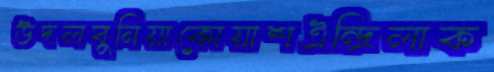
উদলবুনিয়াকোয়াশঐন্দ্রিলাক